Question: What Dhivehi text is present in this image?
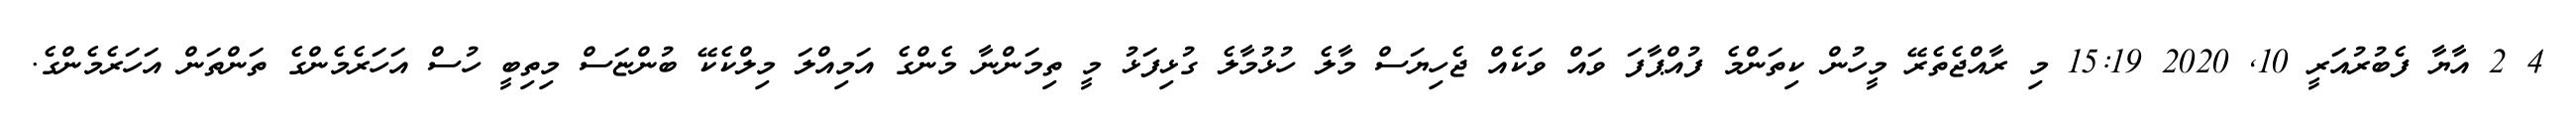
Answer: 4 2 އާޔާ ފެބުރުއަރީ 10, 2020 15:19 މި ރާއްޖެތެރޭ މީހުން ކިތަންމެ ފުއްޕާފަ ވައް ވަކެއް ޖެހިޔަސް މާލެ ހުޅުމާލެ ގުޅިފަޅު މީ ތިމަންނާ މެންގެ އަމިއްލަ މިލްކެކޭ ބުންޏަސް މިތިބީ ހުސް އަހަރެމެންގެ ތަންތަން އަހަރެމެންގެ.